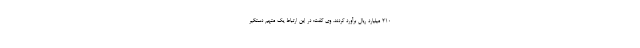
۲۱۰ میلیارد ریال برآورد کردند. وی گفت: در این ارتباط یک متهم دستگیر